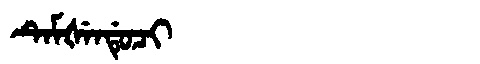
Manchu: ᡨᡝᠮᡧᡝᠨᡩᡠᠴᡳ
Romanization: TEMŠENDUCI